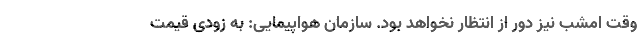
وقت امشب نیز دور از انتظار نخواهد بود. سازمان هواپیمایی: به زودی قیمت